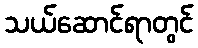
သယ်ဆောင်ရာတွင်